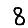
Digit: 8